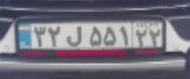
۳۲ل۵۵۱۲۲